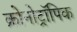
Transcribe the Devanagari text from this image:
क्रोनोट्रॉपिक